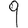
Digit: 9